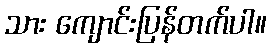
သား ကျောင်းပြန်တက်ပါ။